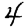
Digit: 4